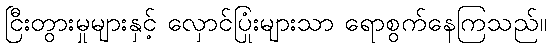
ငြီးတွားမှုများနှင့် လှောင်ပြုံးများသာ ရောစွက်နေကြသည်။